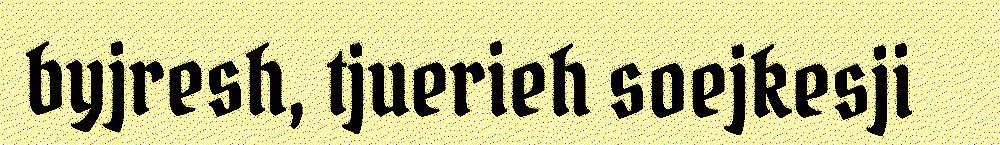
byjresh, tjuerieh soejkesji